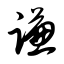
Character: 谦